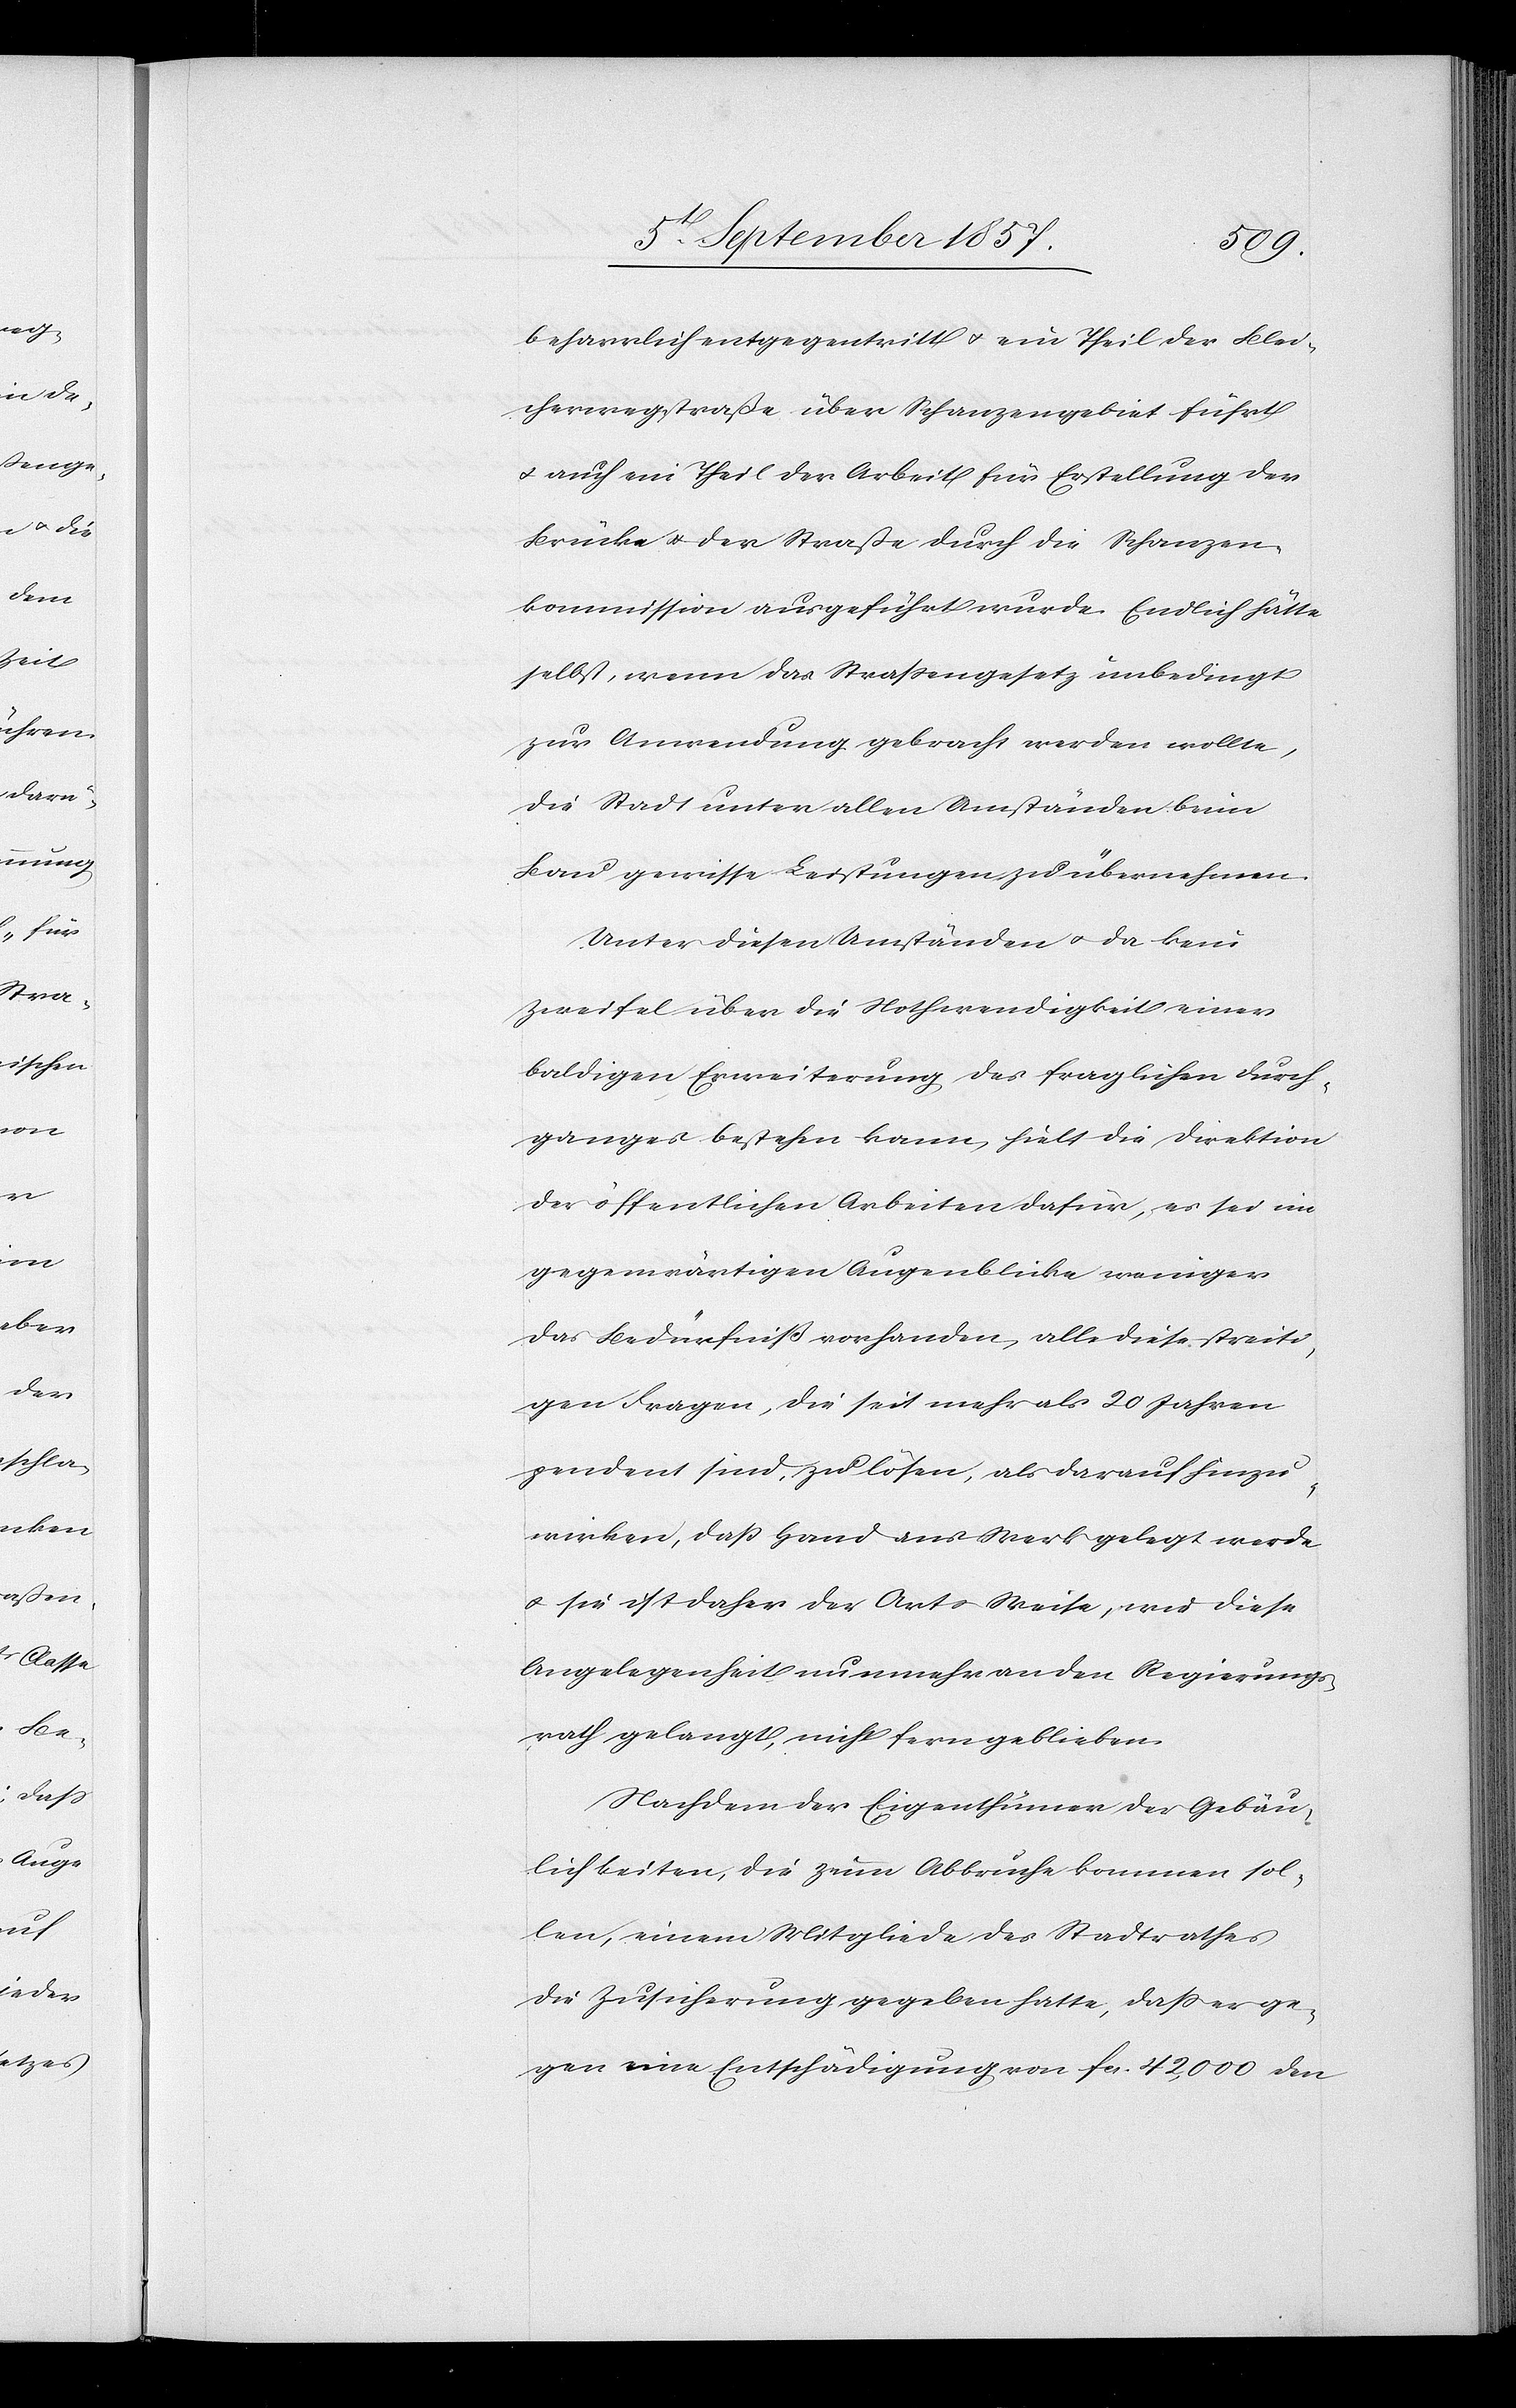
beharrlich entgegentritt & ein Theil der Blei¬
cherwegstraße über Schanzengebiet führt
& auch ein Theil der Arbeit für Erstellung der
Brücke & der Straße durch die Schanzen¬
kommission ausgeführt wurde. Endlich hätte
selbst, wenn das Straßengesetz unbedingt
zur Anwendung gebracht werden wollte,
die Stadt unter allen Anständen beim
Bau gewisse Leistungen zu übernehmen.
Unter diesen Umständen & da kein
Zweifel über die Nothwendigkeit einer
baldigen Erweiterung des fraglichen Durch¬
ganges bestehen kann, hielt die Direktion
der öffentlichen Arbeiten dafür, es sei im
gegenwärtigen Augenblicke weniger
das Bedürfniß vorhanden, alle diese streiti¬
gen Fragen, die seit mehr als 20 Jahren
pendent sind, zu lösen, als darauf hinzu¬
wirken, daß Hand ans Werk gelegt werde
& sie ist daher der Art & Weise, wie diese
Angelegenheit nunmehr an den Regierungs¬
rath gelangt, nicht fern geblieben.
Nachdem der Eigenthümer der Gebäu¬
lichkeiten, die zum Abbruche kommen sol¬
len, einem Mitgliede des Stadtrathes
die Zusicherung gegeben hatte, daß er ge¬
gen eine Entschädigung von fcs. 42,000 den